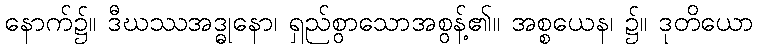
နောက်၌။ ဒီဃဿအဒ္ဓုနော၊ ရှည်စွာသောအစွန့်၏။ အစ္စယေန၊ ၌။ ဒုတိယော